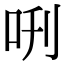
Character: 𠰙